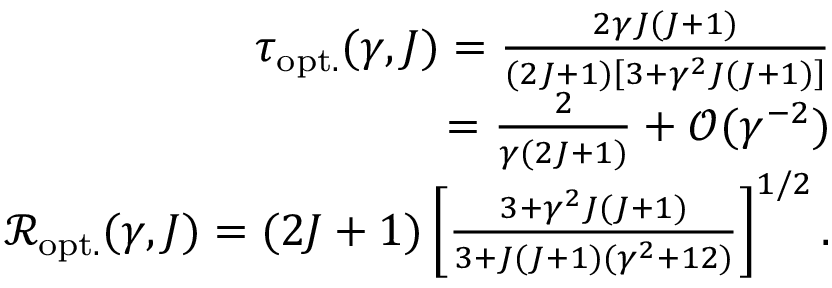
\begin{array} { r } { \tau _ { \mathrm { o p t . } } ( \gamma , J ) = \frac { 2 \gamma J ( J + 1 ) } { ( 2 J + 1 ) \left[ 3 + \gamma ^ { 2 } J ( J + 1 ) \right] } } \\ { = \frac { 2 } { \gamma ( 2 J + 1 ) } + \mathcal { O } ( \gamma ^ { - 2 } ) } \\ { \mathcal { R } _ { \mathrm { o p t . } } ( \gamma , J ) = ( 2 J + 1 ) \left[ \frac { 3 + \gamma ^ { 2 } J ( J + 1 ) } { 3 + J ( J + 1 ) ( \gamma ^ { 2 } + 1 2 ) } \right] ^ { 1 / 2 } . } \end{array}